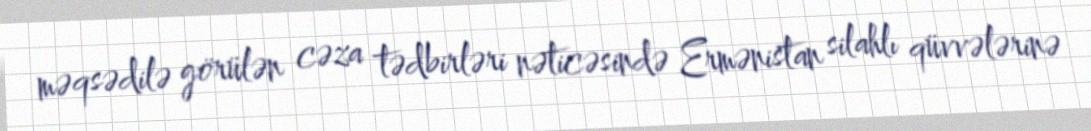
məqsədilə görülən cəza tədbirləri nəticəsində Ermənistan silahlı qüvvələrinə